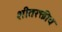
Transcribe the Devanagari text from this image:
शीतरक्तीय